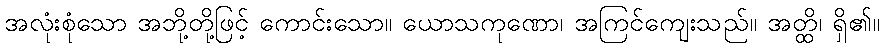
အလုံးစုံသော အဘို့တို့ဖြင့် ကောင်းသော။ ယောသကုဏော၊ အကြင်ကျေးသည်။ အတ္ထိ၊ ရှိ၏။